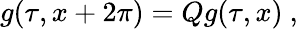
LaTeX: g(\tau,x+2\pi)=Qg(\tau,x)~,